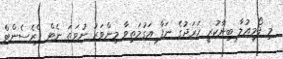
މި ފޯމިއުލާ ބިނާކުރީ ޚަރަދުގެ ނަފާ އަގުމަތިވާ މިންވަރު ނުވަތަ ނެޓް ޕްރެސެންޓް